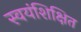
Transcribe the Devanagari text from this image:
स्वयंशिक्षित